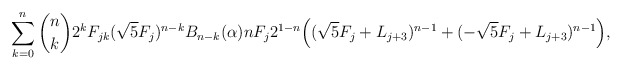
\begin{align*}\sum_{k=0}^n {n\choose k} 2^k F_{jk} (\sqrt{5}F_j)^{n-k} B_{n-k}(\alpha) n F_j 2^{1-n} \Big ( (\sqrt{5} F_j + L_{j+3} )^{n-1} + (-\sqrt{5}F_j + L_{j+3} )^{n-1}\Big ),\end{align*}